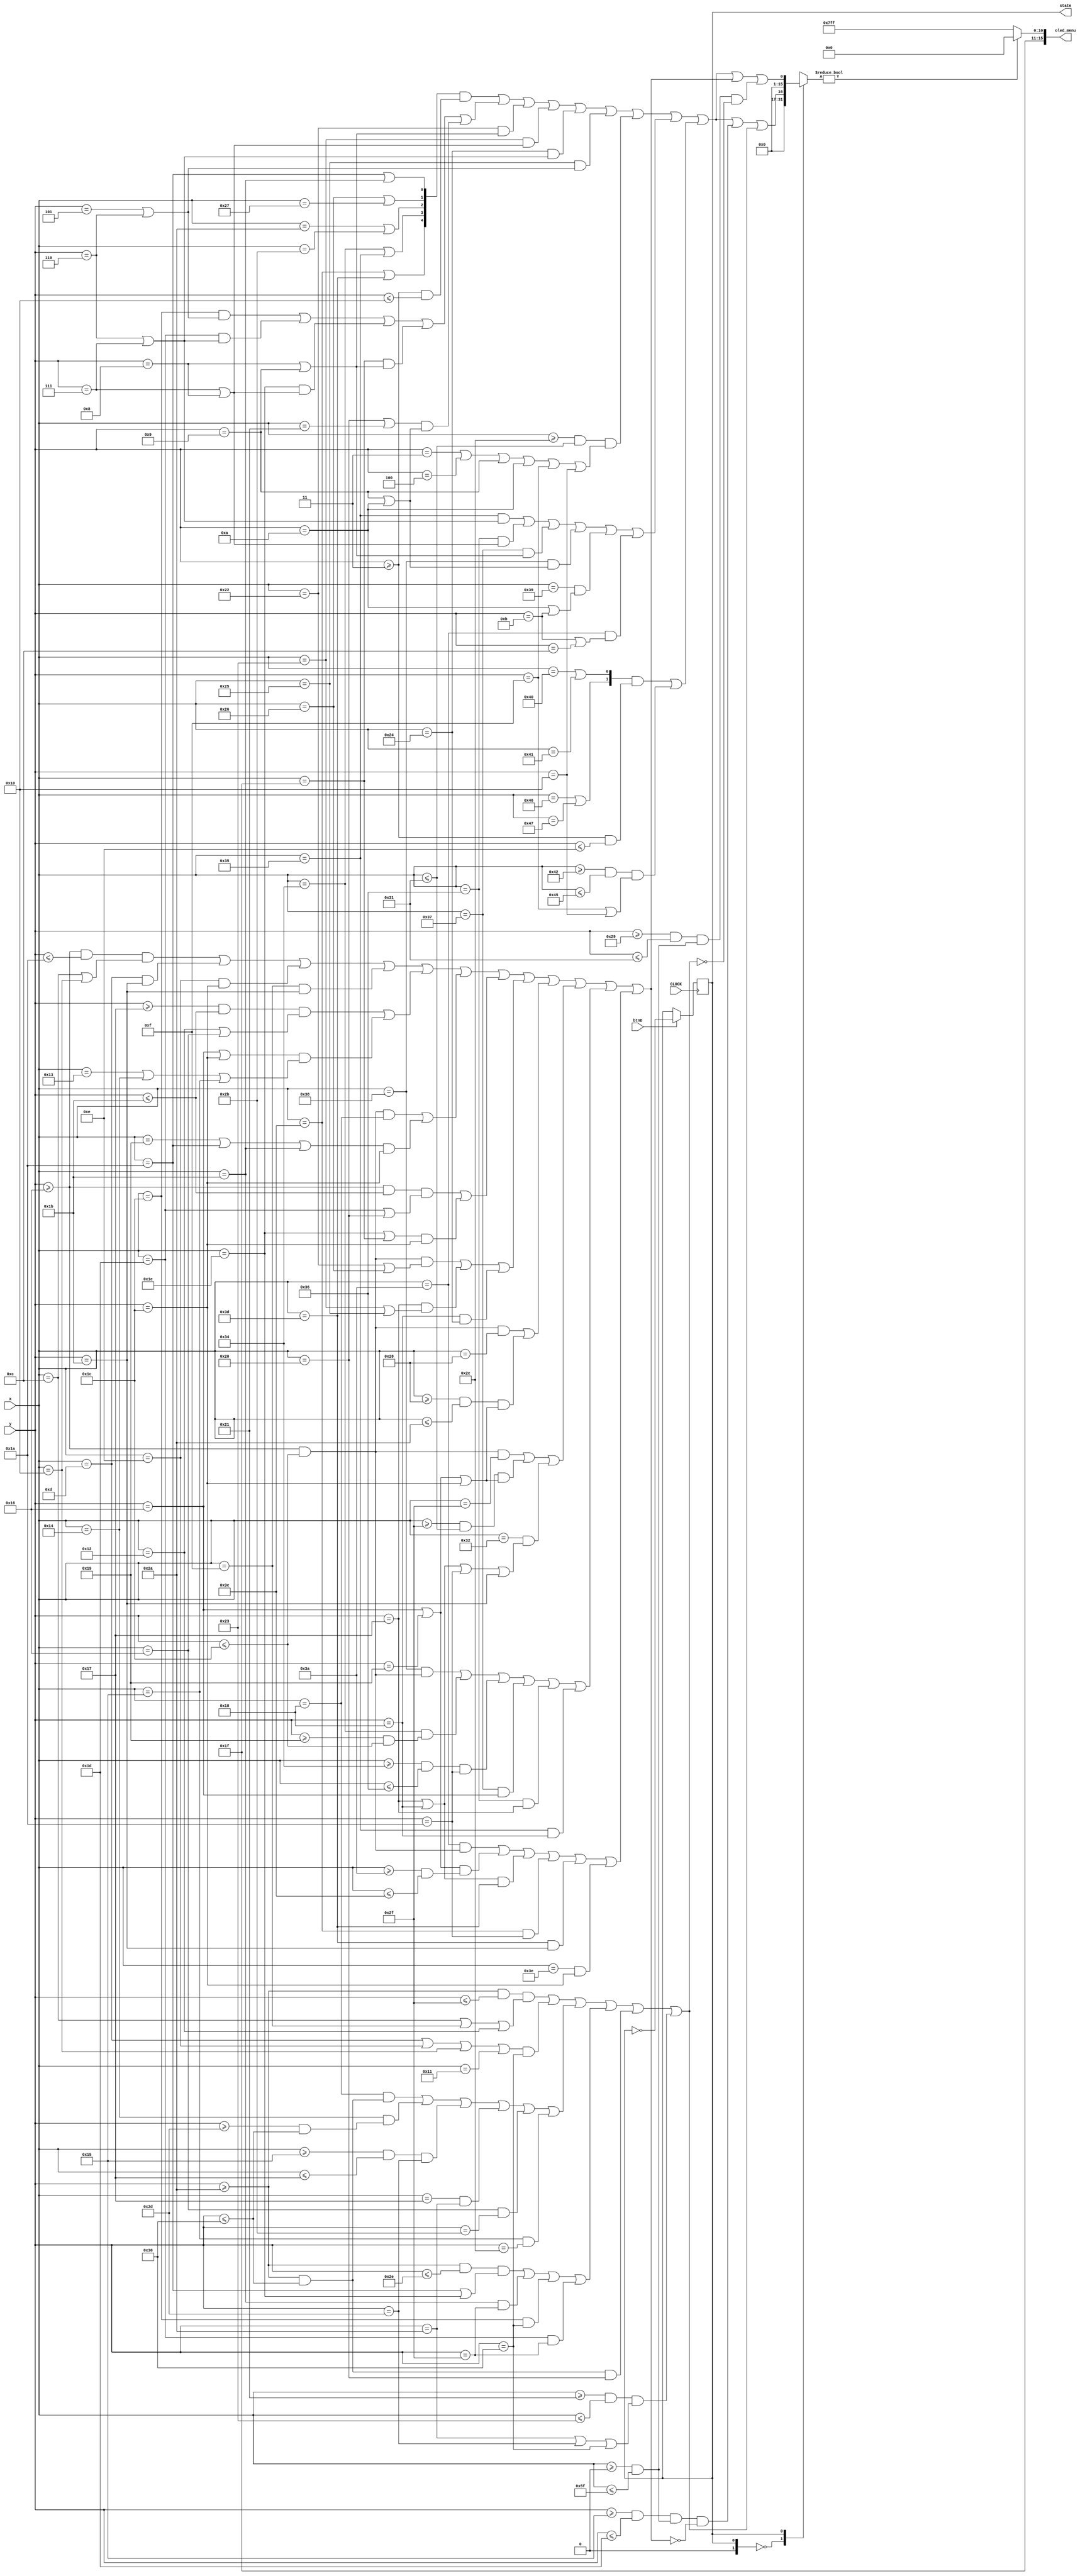
`timescale 1ns / 1ps
//////////////////////////////////////////////////////////////////////////////////
// Company: 
// Engineer: 
// 
// Design Name: 
// Module Name: menu_display
// Project Name: 
// Target Devices: 
// Tool Versions: 
// Description: 
// 
// Dependencies: 
// 
// Revision:
// Revision 0.01 - File Created
// Additional Comments:
// 
//////////////////////////////////////////////////////////////////////////////////


module menu_display(
    input CLOCK, btnD,
    input [6:0] x, y,
    output [15:0] oled_menu,
    output reg state = 0
    );
    
    wire menu_length;
    wire [6:0] menuX;
    wire v, o, l, u, e, b, a, a1, r, w, Wa, Wa1, Wa2, Wv, We, E;
    wire menu, volume_bar, wave;
    
    wire boxwidth, box1, box2;
    wire [15:0] menu_display [2:0];
    
    // Assign range
    assign menu_length = (y >= 3 && y <= 16);
    assign menuX[0] = (x == 26 || x == 27);
    assign menuX[1] = (x == 38 || x == 39);
    assign menuX[2] = (x == 42 || x == 43);
    assign menuX[3] = (x == 52 || x == 53);
    assign menuX[4] = (x == 60 || x == 61);
    assign menuX[5] = (x == 64 || x == 65);
    assign menuX[6] = (x == 70 || x == 71);
    assign E = (x >= 44 && x <= 49);
   
    // ranges for volume bar
    assign v = (y >= 22 && y <= 26);
    assign o = (y >= 23 && y <= 27);
    assign l = (y >= 22 && y <= 28);
    assign u = (y >= 22 && y <= 27);
    assign e = (x >= 40 && x <= 42);
    assign b = (x >= 47 && x <= 49);
    assign a = (y >= 25 && y <= 28);
    assign a1 = (x >= 52 && x <= 54);
    assign r = (x >= 58 && x <= 60);
   
    // ranges for wave
    assign w = (y >= 42 && y <= 47);
    assign Wa = (y >= 45 && y <= 48);
    assign Wa1 = (x >= 21 && x <= 23);
    assign Wa2 = (y >= 42 && y <= 48);
    assign Wv = (y >= 42 && y <= 46);
    assign We = (x >= 33 && x <= 35);
    
    // menu
    assign menu = ((menuX[4:0] && menu_length) // Straight lines for 7 pixels M, E, N
                    || ((x == 28 && (y == 5 || y == 6)) || (x == 29 && (y == 6 || y == 7)) || (x == 30 && (y == 7 || y == 8)) || (x == 31 && (y == 8 || y == 9)) || ((x == 32 || x == 33) && (y == 9 || y == 10)))
                    || (x == 34 && (y == 8 || y == 9)) || (x == 35 && (y == 7 || y == 8)) || (x == 36 && (y == 6 || y == 7)) || (x == 37 && (y == 5 || y == 6)) // M
                    || (E && (y == 3 || y == 4 || y == 9 || y == 10 || y == 15 || y == 16)) // E
                    || ((x == 53 && (y == 6 || y == 7)) || (x == 54 && (y == 7 || y == 8)) || (x == 55 && (y == 8 || y == 9)) || (x == 56 && (y == 9 || y == 10)) || (x == 57 && (y == 10 || y == 11)) || (x == 58 && (y == 11 || y == 12))) // N
                    || ((menuX[6:5] && (y >= 3 && y <= 14)) || ((x >= 66 && x <= 69) && (y == 15 || y == 16)))); // U
    // volume_bar
    assign volume_bar = ((v && (x == 12 || x == 16)) || (x == 13 && y == 27) || (x == 14 && y == 28) || (x == 15 && y == 27) //v
                        || (o && (x == 18 || x == 22) || ((y == 22 || y == 28) && (x == 19 || x == 20 || x == 21))) // o
                        || ((l && x == 24) || ((x == 25 || x == 26 || x == 27) && y == 28)) // l
                        || ((u && (x == 29 || x == 32)) || ((x == 30 || x == 31) && y == 28)) // u
                        || ((l && (x == 34 || x == 38)) || (y == 23 && (x == 35 || x == 37)) || (y == 24 && x == 36)) // m
                        || ((l && x == 40) || (e && (y == 22 || y == 25 || y == 28))) // e
                        || ((l && x == 47) || (b && (y == 22 || y == 25 || y == 28)) || (x == 50 && (y == 23 || y == 24 || y == 26 || y == 27))) // b
                        || ((x == 56 && l) || (x == 52 && a) || (a1 && y == 26) || (x == 55 && y == 22) || (x == 54 && y == 23) || (x == 53 && y == 24)) // a
                        || ((x == 58 && l) || ((y == 25 || y == 22) && r) || ((y == 23 || y == 24) && x == 61) || (x == 60 && y == 26) || (x == 61 && y == 27) || (x == 62 && y == 28))); //r
    // wave
    assign wave = ((w && (x == 12 || x == 15 || x == 18)) || ((x == 13 || x == 14 || x == 16 || x == 17) && y == 48) // w
                    || ((x == 24 && Wa2) || (x == 20 && Wa) || (Wa1 && y == 45) || (x == 23 && y == 42) || (x == 22 && y == 43) || (x == 21 && y == 44)) // a
                    || ((Wv && (x == 26 || x == 30)) || (x == 27 && y == 47) || (x == 28 && y == 48) || (x == 29 && y == 47)) // v
                    || (Wa2 && x == 32) || (We && (y == 42 || y == 45 || y == 48))); // e 
                    
    // selecting
    assign boxwidth = (x >= 0 && x <= 95);
    assign box1 = (y >= 21 && y <= 29) && boxwidth && ~volume_bar;
    assign box2 = (y >= 41 && y <= 49) && boxwidth && ~wave;
   
    assign menu_display[0] = (menu || box1 || wave);
    assign menu_display[1] = (menu || volume_bar || box2);
     
    always @ (posedge CLOCK) begin
        state <= btnD ? ~state : state;
    end
   
    assign oled_menu = menu_display[state] ? 16'b11111_000000_00000 : 16'b11111_111111_11111; // red if not white backgroun
   
endmodule